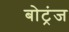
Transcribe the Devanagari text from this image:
बोट्रंज